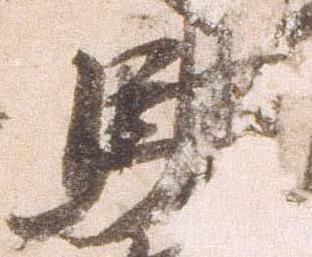
馳